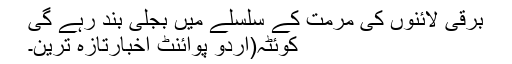
برقی لائنوں کی مرمت کے سلسلے میں بجلی بند رہے گی
کوئٹہ(اُردو پوائنٹ اخبارتازہ ترین۔